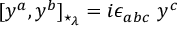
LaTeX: [ y ^ { a } , y ^ { b } ] _ { \star _ { \lambda } } = i \epsilon _ { a b c } \ y ^ { c }